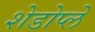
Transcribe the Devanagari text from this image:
शेडोप्ले